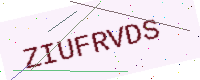
Text: ZIUFRVDS